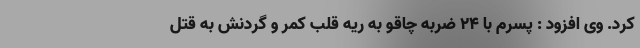
کرد. وی افزود : پسرم با 24 ضربه چاقو به ریه قلب کمر و گردنش به قتل